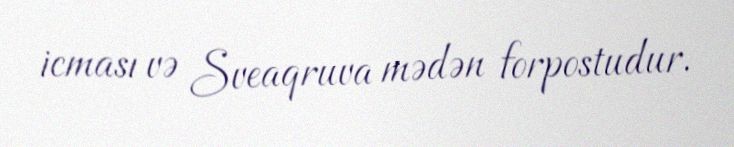
icması və Sveaqruva mədən forpostudur.